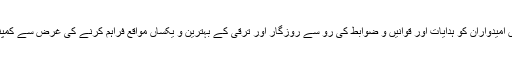
کمپنی تمام کارکنوں اور کمپنی میں کام کرنے کے خواہاں امیدواران کو ہدایات اور قوانیں و ضوابط کی رو سے روزگار اور ترقی کے بہترین و یکساں مواقع فراہم کرنے کی غرض سے کمپنی مسلسل مختلف النوع جہتوں میں سرگرم عمل رہتی ہے۔